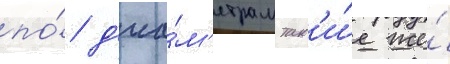
по́ д'иа́м'етрам так'и́е же́